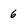
Character: 6